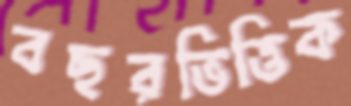
বছরভিত্তিক